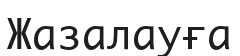
Жазалауға